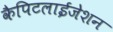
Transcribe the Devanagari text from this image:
कैपिटलाईजेशन